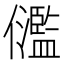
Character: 𠑈